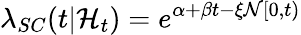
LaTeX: \lambda_{SC}(t|\mathcal{H}_{t})=e^{\alpha+\beta t-\xi\mathcal{N}[0,t)}